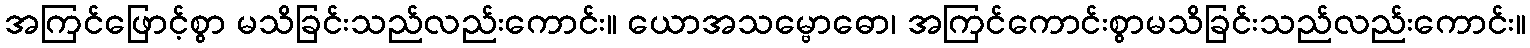
အကြင်ဖြောင့်စွာ မသိခြင်းသည်လည်းကောင်း။ ယောအသမ္ဗောဓော၊ အကြင်ကောင်းစွာမသိခြင်းသည်လည်းကောင်း။